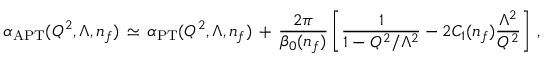
{ \alpha } _ { \mathrm { A P T } } ( Q ^ { 2 } , \Lambda , n _ { f } ) \, \simeq \, { \alpha } _ { \mathrm { P T } } ( Q ^ { 2 } , \Lambda , n _ { f } ) \, + \, \frac { 2 \pi } { \beta _ { 0 } ( n _ { f } ) } \left[ \frac { 1 } { 1 - Q ^ { 2 } / \Lambda ^ { 2 } } - 2 C _ { 1 } ( n _ { f } ) \frac { \Lambda ^ { 2 } } { Q ^ { 2 } } \right] \, ,